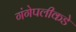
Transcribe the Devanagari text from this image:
गंगेपलीकडे